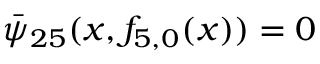
\bar { \psi } _ { 2 5 } ( x , { f } _ { 5 , 0 } ( x ) ) = 0